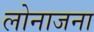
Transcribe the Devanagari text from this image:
लोनाजना